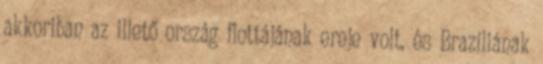
akkoriban az illető ország flottájának ereje volt, és Brazíliának